Sketch of the medical history of the native army of Bombay, for the year
Year: 1872
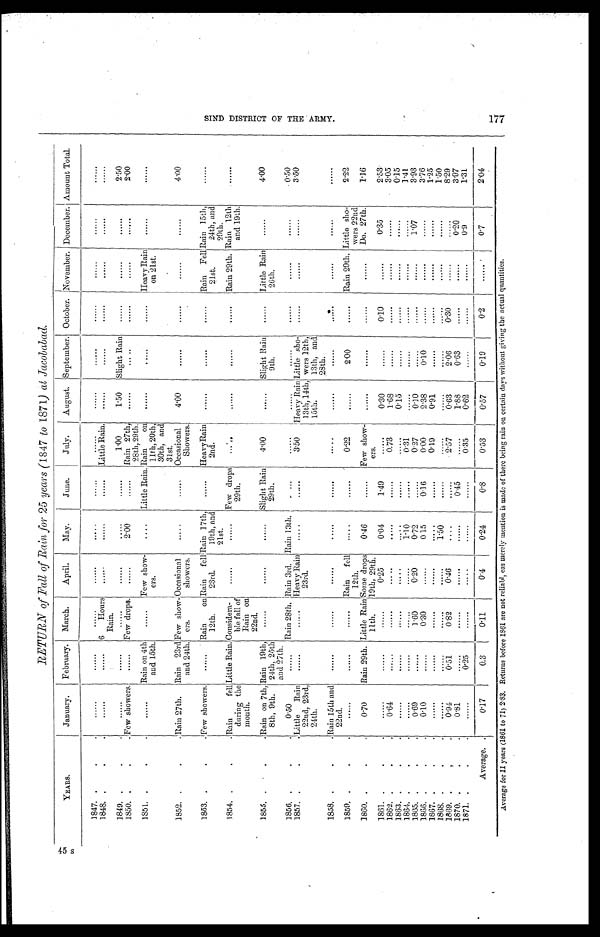
45 s
RETURN of Fall of Rain for 25 years (1847 to 1871) at Jacobabad.
YEARS.
January.
February. March.
April.
May.
June.
July.
August. September. October. November. December. Amount Total.
1847.
......
......
......
......
. . . . . .
......
......
......
......
......
......
......
......
1848.
......
......
6
Hours
Rain.
. . . . . . ......
......
Little Rain. ......
......
......
. . . . . .
......
......
1849.
......
......
......
......
......
......
1.00
1.50 Slight Rain ......
...... ......
2.50
1850.
Few showers.
......
Few drops.
......
2.00
......
Rain 27th,
28th, 29th.
......
. . . . . .
......
......
. . . . . .
2.00
1851.
......
Rain on 4th
and 15th.
...... Few show-
ers.
....
Little Rain. Rain
on
11th, 20th,
30th, and
31st.
......
. . . . . .
......
Heavy Rain
on 21st.
'
......
. . . . . .
1852.
Rain 27th. Rain 23rd
and 24th.
Few show-
ers.
Occasi onal showers.
. . . . . .
...... Occasional
Showers.
4.00
......
. . . . . . ......
......
4.00
1853.
Few showers.
......
Rain on
12th.
Rain fell
23rd.
Rain 17th,
19th, and 21st.
......
Heavy Rain
2nd.
......
......
......
Rain Fell
21st.
Rain 15th,
24th, and 29th.
. . . . . .
1854.
Rain fell
during the
month.
Little Rain. Considera-
ble fall of
Rain on
22nd.
......
. . . . . .
Few drops
29th.
. . . . . .
. . . . . .
......
......
Rain 29th.
Ra i n 1 2 t h a n d 1 9 t h .
.......
1855.
Rain on 7th,
8th, 9th.
Rain 19th,
24th, 25th
and 27th.
. . . . . . ......
......
Slight Rain
29th.
4.00
......
Slight Rain
9th.
......
Little Rain
26th.
......
4.00
1856.
0.50
......
Rain 28th.
R a i n 3 r d .
Rain 13th.
. . . . . .
. . . . . .
. . . . . .
......
......
......
......
0 . 5 0
1857.
Little Rain
22nd, 23rd,
24th.
......
......
Heavy Rain
23rd.
......
. . . . . .
3.50 Heavy Rain
13th, 14th,
15th.
Little sho-
wers 12th,
13th, and
28th.
......
......
......
3.50
1858.
Rain 15th and
22nd.
......
......
......
. . . . . .
......
......
......
......
. . . . . . ......
......
......
1859.
......
......
. . . . . .
Rain fell
12th.
.....
......
0.22
......
2.00
...... Rain 29th. Little sho-
wers 22nd
2.22
1860.
0.70
Rain 29th. Little Rain
11th.
Some drops
19th, 29th.
0.46
......
Few show-
ers.
. . . . . .
......
......
......
Do. 27th.
1.16
1861.
......
......
......
0.25
0.04
1.49
......
0.30
......
0. 10
......
0.35
2.53
1862.
0.64
......
......
. . . . . .
. . . . . .
......
0.73
1.68
......
......
...... ......
3.05
1863.
......
......
......
......
......
......
......
0.15
......
......
......
. . . . . .
0.15
1864.
......
......
......
......
1.10
. . . . . .
0.31
......
......
......
...... ......
1.41
1865.
0.69
......
1.60
0.20
0.72
......
0.27
0.10
......
......
......
1.07
3.93
1866.
0.10
......
0.30
......
0 15
0.16
0.00
2.38
0.10
......
...... ......
3.76
1867.
......
......
......
......
. . . . . .
......
0.19
0.91
......
......
. . . . . .
......
1 . 2 5
1868.
......
......
......
......
1.50
......
......
......
......
......
...... ......
1.50
1869.
0.94
0.51
0.82
0.46
....
. . . . . .
2 . 5 7
0.63
2.06
0.30
...... ......
8.29
1870.
0.81
......
......
......
......
0.45
......
1.88
0.63
......
......
0.20
3.97
1871.
......
0.25
......
.....
......
......
0.35
0.62
......
......
......
0.9
1.31
Average.
0.17
0.3
0.11
0.4
0.24
0.8
0.53
0.57
0.19
0.2
......
0.7
•
2.04
Average for 11 years (1861 to 71) 2.83. Returns before 1861 are not raliabl, eas merely mention is made of there being rain on certain days without giving the actual quantities.
S I N D D I S T R I C T O F T H E A R M Y . 1 7 7